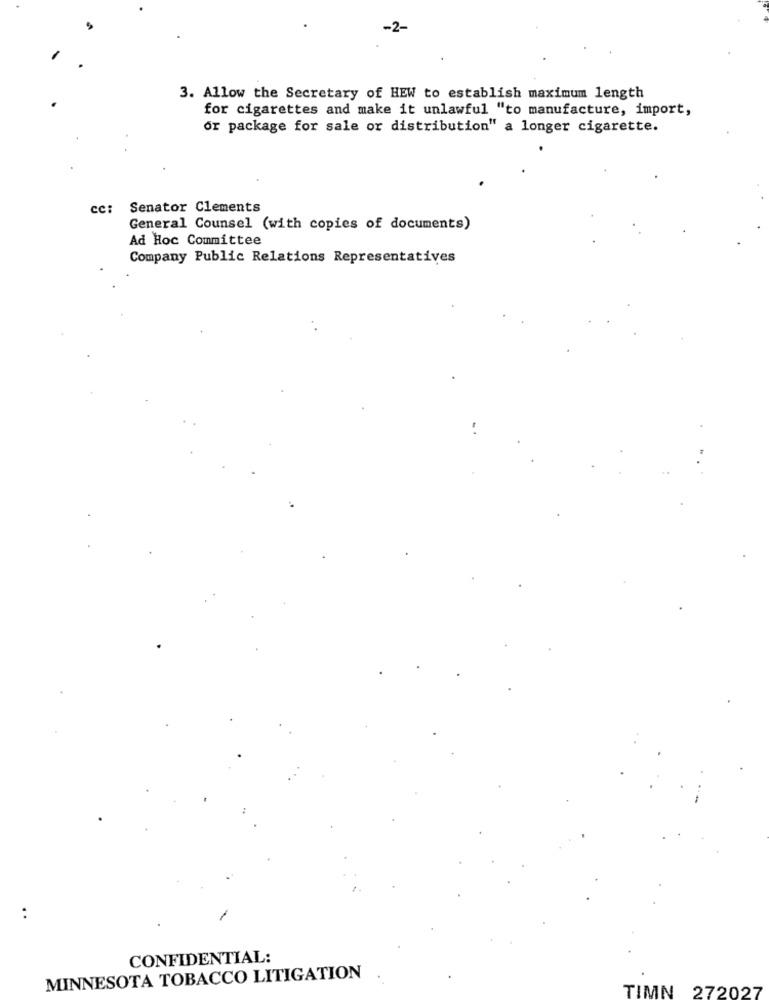
-2-
3. Allow the Secretary of HEW to establish maximum length
for cigarettes and make it unlawful "to manufacture, import,
or package for sale or distribution" a longer cigarette.
cc: Senator Clements
General Counsel (with copies of documents)
Ad Hoc Committee
Company Public Relations Representatives
:
CONFIDENTIAL:
MINNESOTA TOBACCO LITIGATION
TIMN 272027